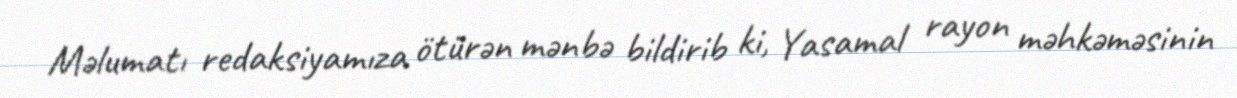
Məlumatı redaksiyamıza ötürən mənbə bildirib ki, Yasamal rayon məhkəməsinin